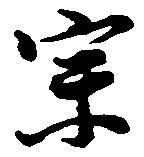
宗